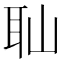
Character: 𦔺